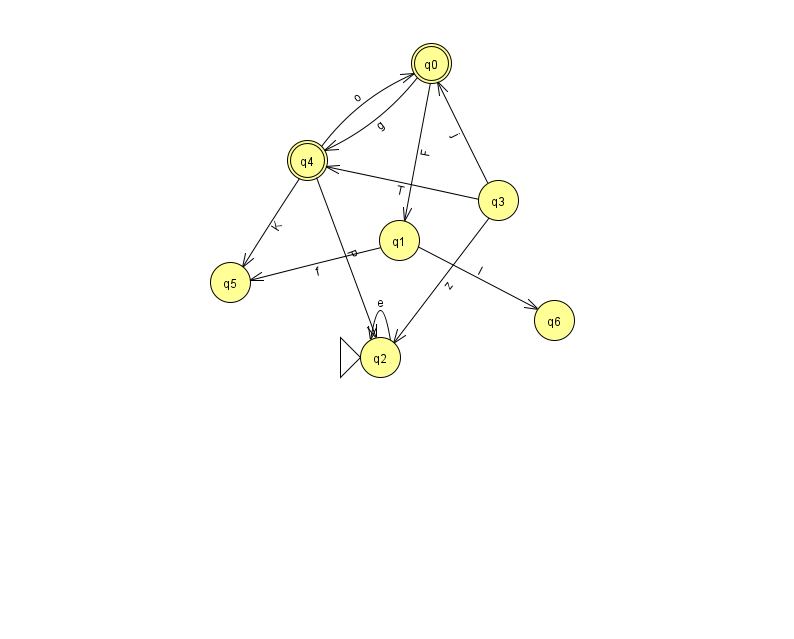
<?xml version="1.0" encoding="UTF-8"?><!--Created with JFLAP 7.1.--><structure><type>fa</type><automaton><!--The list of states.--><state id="0" name="q0"><x>431.0</x><y>50.0</y><final/></state><state id="1" name="q1"><x>399.0</x><y>227.0</y></state><state id="2" name="q2"><x>380.0</x><y>344.0</y><initial/></state><state id="3" name="q3"><x>498.0</x><y>187.0</y></state><state id="4" name="q4"><x>307.0</x><y>147.0</y><final/></state><state id="5" name="q5"><x>230.0</x><y>269.0</y></state><state id="6" name="q6"><x>554.0</x><y>307.0</y></state><!--The list of transitions.--><transition><from>0</from><to>1</to><read>F</read></transition><transition><from>4</from><to>2</to><read>P</read></transition><transition><from>1</from><to>6</to><read>I</read></transition><transition><from>0</from><to>4</to><read>g</read></transition><transition><from>2</from><to>2</to><read>e</read></transition><transition><from>3</from><to>2</to><read>z</read></transition><transition><from>4</from><to>5</to><read>K</read></transition><transition><from>3</from><to>0</to><read>j</read></transition><transition><from>3</from><to>4</to><read>T</read></transition><transition><from>4</from><to>0</to><read>o</read></transition><transition><from>1</from><to>5</to><read>f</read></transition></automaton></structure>